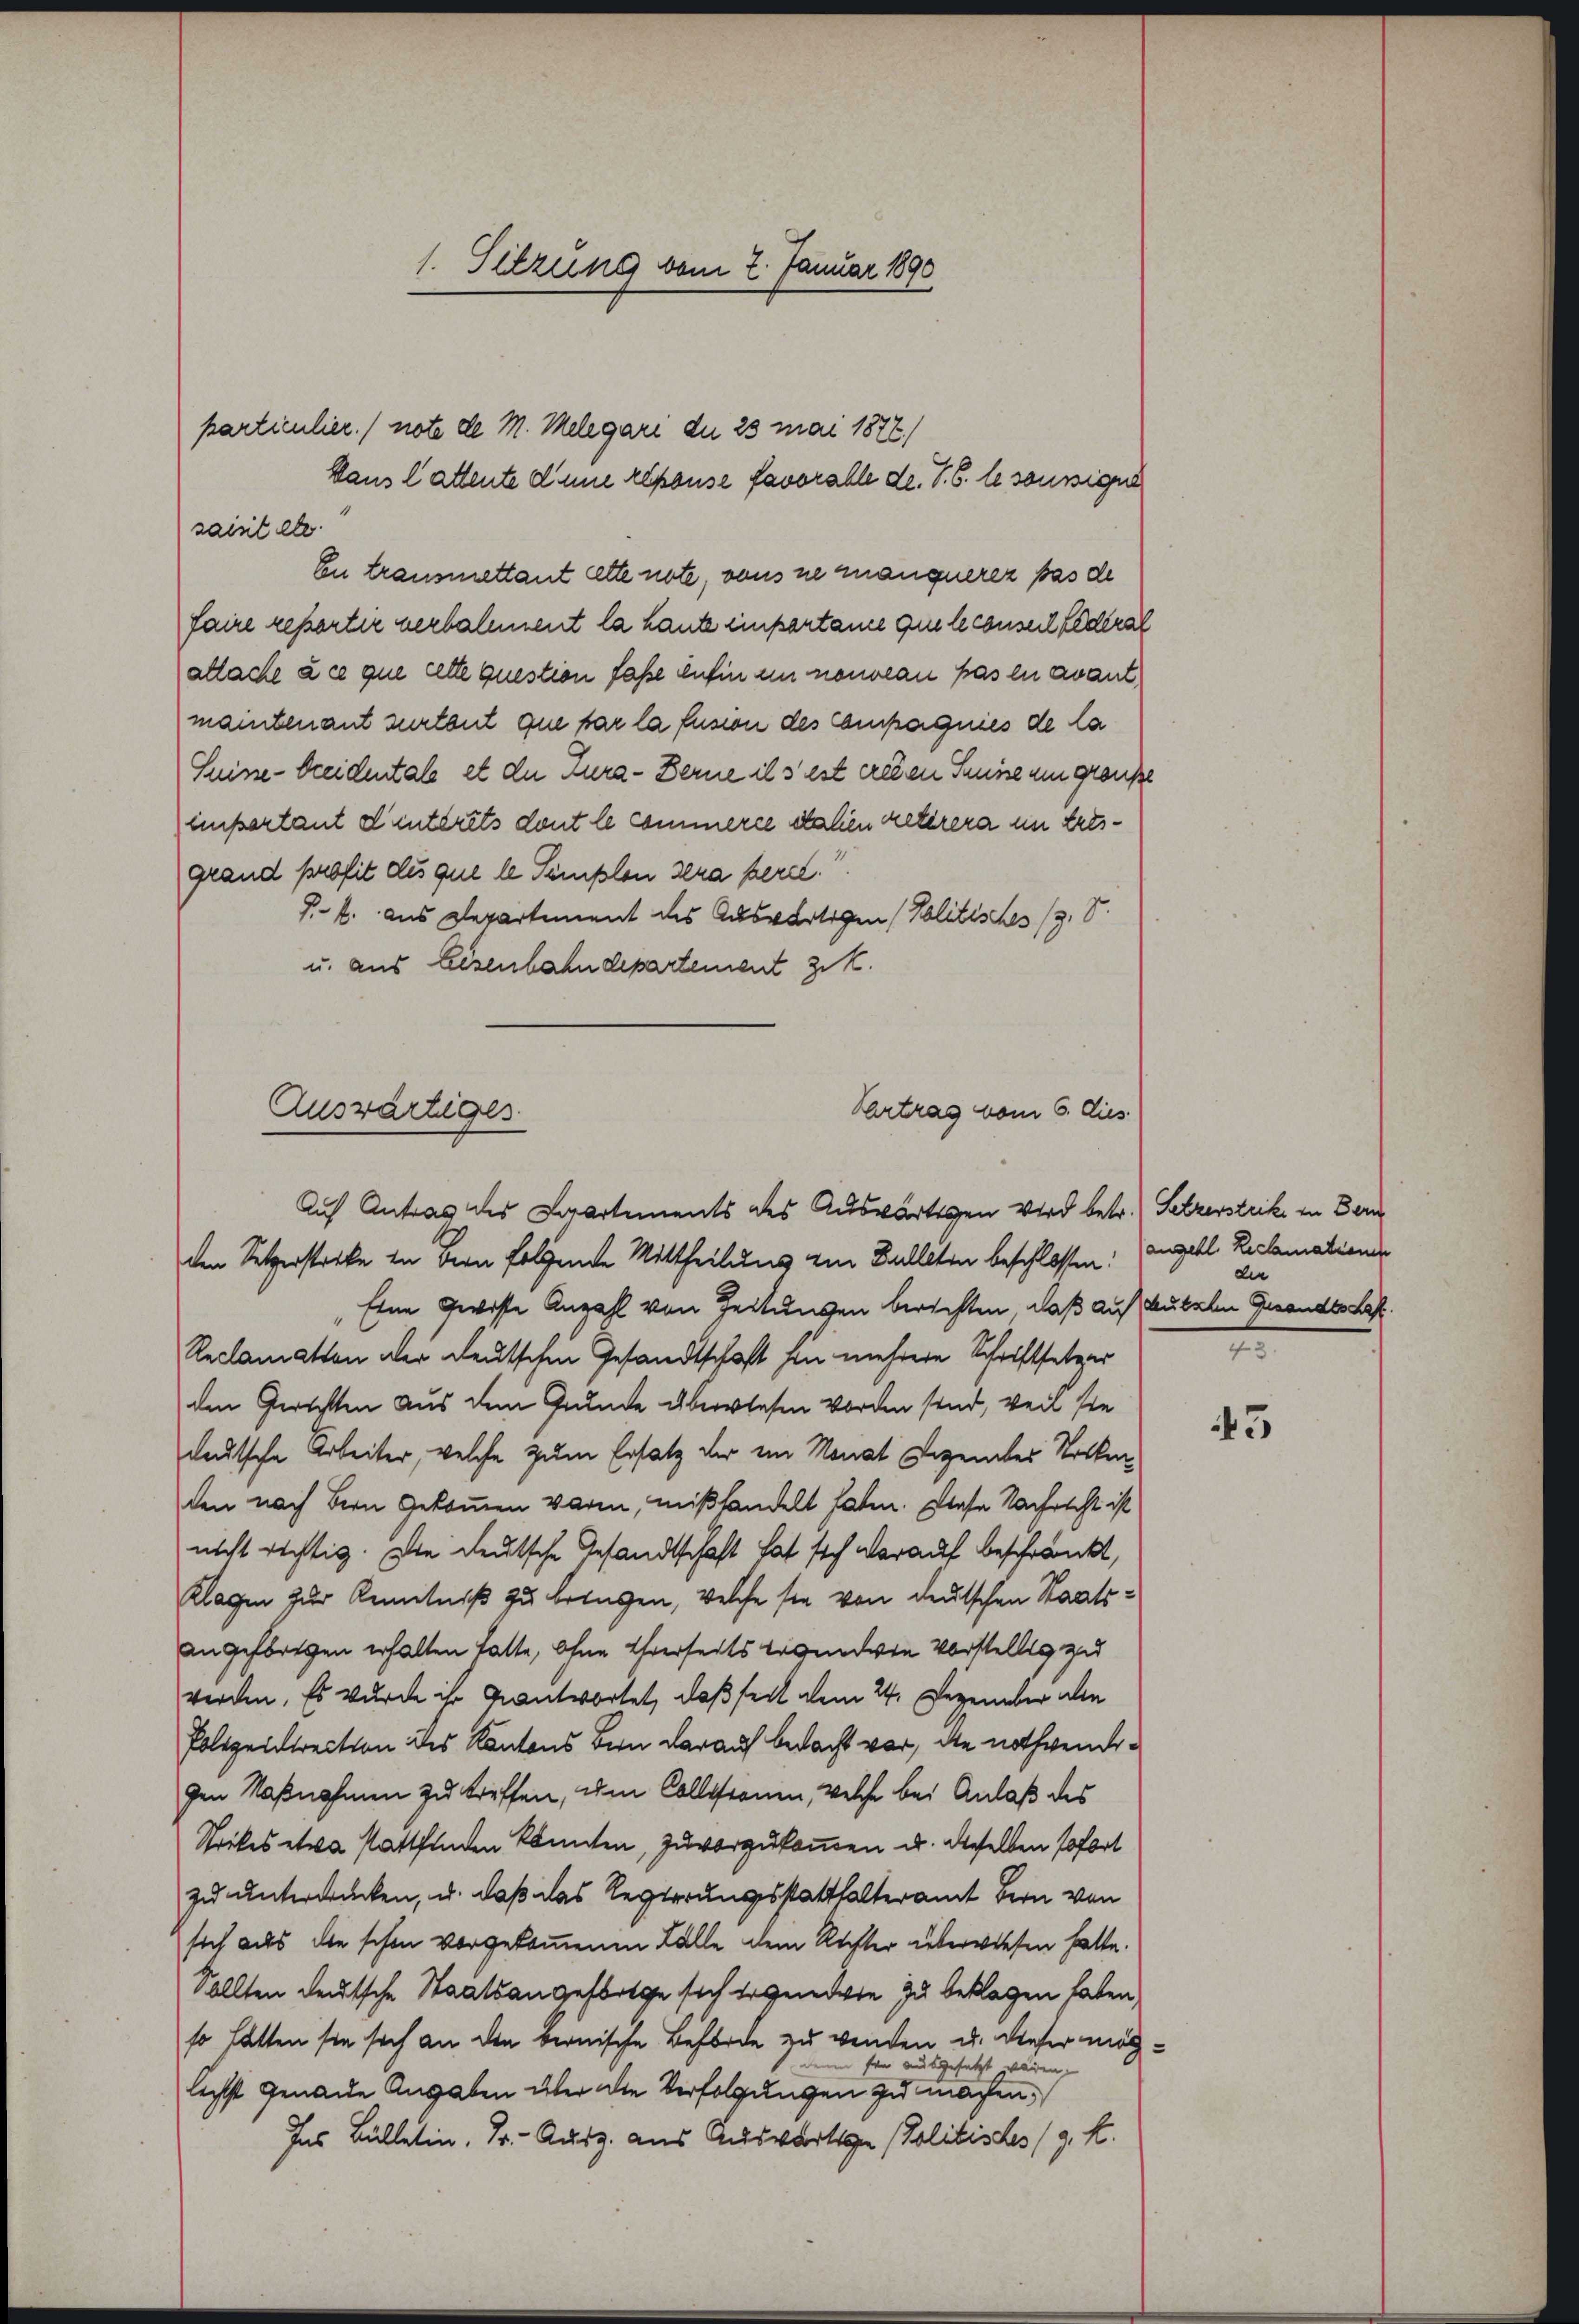
saisitete.
faire repartir verbalement la haute einpartane que le conseil Federal
allache à ce que cette question faße anhin ein nouveau pas en avant
maintenant surtent que par la fusion des Compagnies de la
Seine beidentale et die Tura- Berne ils est creien Suise um granke
Einsertant d’intérêts dont le commerce dahen retirera im Ertsgrand profit des que le Templon sera herd.“
J. k. aus Departement des Auswärtigen (Politisches (s. S.
u. aus Eisenbahndepartement zit.
Vertrag vom 6. Dies
Zuswärtiges

1. Sitzung vom 7. Januar 1890

particulier./ note de M. Melegari die 25 mai 1872/
Hans lattente dene Alpause favorable de. S. B. le soussigne

En transmettant atte note, vons ne manquerez pas de

Auf Antrag des Laartements des Auswärtigen wird betr.) Setzerstrike in Bern
den Setzerstreke in Bern folgende Mittheilung zur Dulleten beschlossen:

Eine Gewisse Anzahl von Zeitungen berichten, daß auf Ausalen Gesandtschaft
Reclamation der deutschen Gesandtschaft hin mehrere Schriftsetzer
den Gerichten aus dem Grunde überwiesen Vorden sind, weil sie
deutsche Arbeiter, welche zum Ersatz der ein Monat Degendes Stocken,
den nach Bern gekommen waren, mißhandelt haben. Diese Nachricht ist
nicht richtig. Die deutsche Gesandtschaft hat sich darauf beschränkt,
Klagen zur Kenntniß zu bringen, welche sie von deutschen Staatsangeforgen erhalten hatte, ohne Ehrerseits brandwie vorstellig zu
werden. Es wurde ihr geantwortet, daß seit dem 24. Dezember alle
Polizeirection des Kantons Bern darauf bedacht vor, die nothwendigen Maßnahmen zu treffen, um Collegionen, welche bei Anlaß des
Strikes etwa stattfinden könnten, zuvorzukommen u. dieselben sofort
zu unterwecken, u. daß das Regierungsstatthalteramt Bern von
sich aus die schon vorgekommenen Fälle dem Rechter überwiesen hatte.
Sollten deutsche Staatsangefortge sich ergendere zu beklagen haben,
so hatten sie sich an den bernische Behörde zu werden u. dieser mögein sei ausgesetzt wären.
lecht genaue Angaben über die Verfolgungen zu machen.
Ins Bülletin, Fr. - Ausz. aus Auswärtige Politisches (9. K.

angebl. Reclamationen
dee
7

45